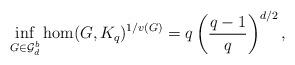
LaTeX: \begin{align*}\inf_{G\in \mathcal{G}_d^b}\hom(G,K_q)^{1/v(G)}=q\left(\frac{q-1}{q}\right)^{d/2},\end{align*}